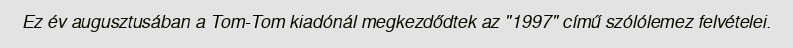
Ez év augusztusában a Tom-Tom kiadónál megkezdődtek az "1997" című szólólemez felvételei.